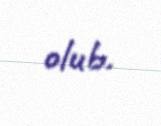
olub.